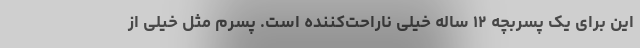
این برای یک پسربچه ۱۲ ساله خیلی ناراحت‌کننده است. پسرم مثل خیلی از